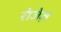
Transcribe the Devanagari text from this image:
रोजेज़